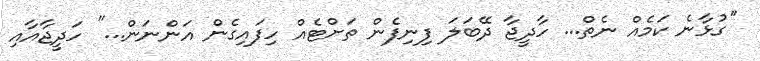
''ގުޅާނެ ކަމެއް ނެތް... ހާދީޖާ ދޭބަލަ ފިނިފެން ތަށްޓެއް ހިފައިގެން އަންނަން...'' ހަދީޖާއާއި